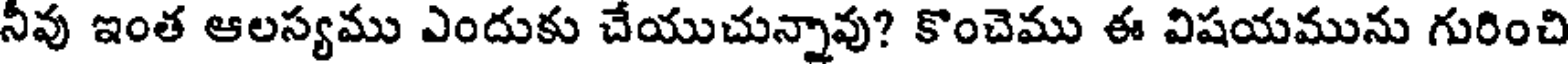
నీవు ఇంత ఆలస్యము ఎందుకు చేయుచున్నావు? కొంచెము ఈ విషయమును గురించి